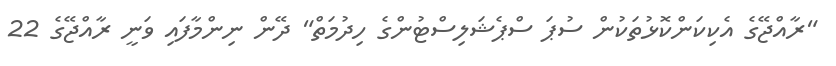
"ރާއްޖޭގެ އެކިކަންކޮޅުތަކުން ސުޕަ ސްޕެޝަލިސްޓުންގެ ހިދުމަތް" ދޭން ނިންމާފައި ވަނީ ރާއްޖޭގެ 22